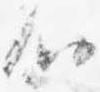
心